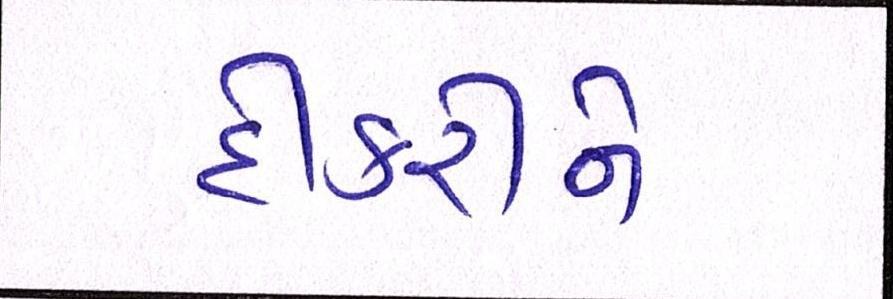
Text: દીકરીને